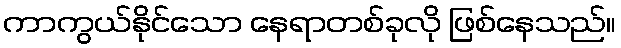
ကာကွယ်နိုင်သော နေရာတစ်ခုလို ဖြစ်နေသည်။